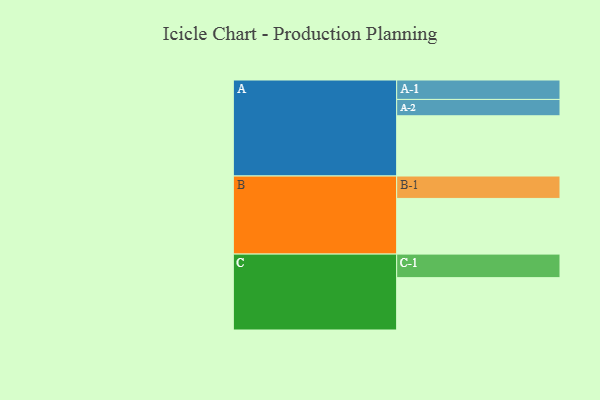
{"axis": {"x": "Segment", "y": "Value"}, "legend": ["", "A", "B", "C"], "data": [{"x": "A", "y": 527, "type": ""}, {"x": "B", "y": 487, "type": ""}, {"x": "C", "y": 458, "type": ""}, {"x": "A-1", "y": 170, "type": "A"}, {"x": "A-2", "y": 143, "type": "A"}, {"x": "B-1", "y": 196, "type": "B"}, {"x": "C-1", "y": 206, "type": "C"}]}